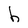
Character: h